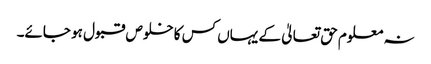
نہ معلوم حق تعالیٰ کے یہاں کس کا خلوص قبول ہو جائے۔